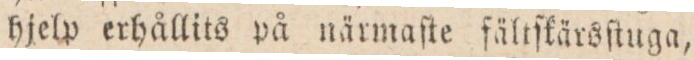
hjelp erhållits på närmaſte fältſkärsſtuga,